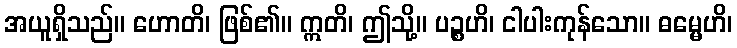
အယူရှိသည်။ ဟောတိ၊ ဖြစ်၏။ ဣတိ၊ ဤသို့။ ပဉ္စဟိ၊ ငါပါးကုန်သော။ ဓမ္မေဟိ၊